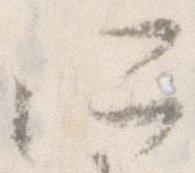
所